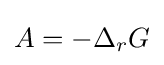
A=-\Delta _{r}G